Indian journal of veterinary science and animal husbandry - Volumes 22-23, 1952-1953
Year: 1952
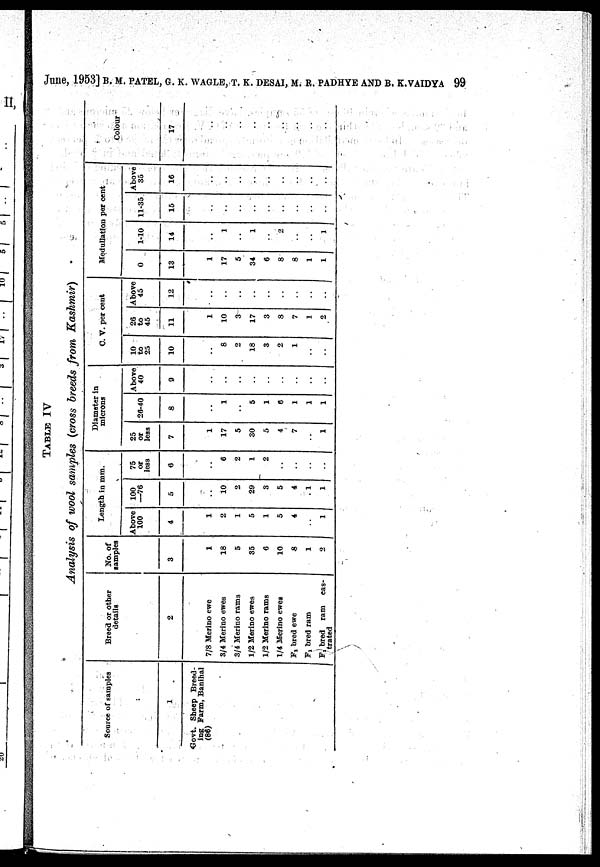
June, 1953] B. M. PATEL, G. K. WAGLE, T. K. DESAI, M. R. PADHYE AND B. K.VADYA 99
TABLE IV
Analysis of wool samples (cross breeds from
Kashmir)
Source of samples
1
Govt. Sheep Breed-
ing Farm, Banihal
(86)
Breed or other
details
2
7/8 Merino ewe
3/4 Merino ewes
3/4 Merino rams
1/2 Merino ewes
1/2 Merino rams
1/4 Merino ewes
F 1 bred ewe
F 1 bred ram
F 1 bred ram cas¬
trated
No. of
samples
3
1
18
5
35
6
10
8
1
2
Length in mm.
Above
100
4
1
2
1
5
1
5
4
..
1
100
—76
5
..
10
2
29
3
5
4
1
1
75
or
less
6
..
6
2
1
2
..
..
..
..
Diameter in
microns
25
or
less
7
1
17
5
30
5
4
7
..
1
26-40
8
..
1
..
5
1
6
1
1
1
Above
40
9
..
..
..
..
..
..
..
..
..
C. V. per cent
10
to
25
10
..
8
2
18
3
2
1
..
..
26
to
45
11
1
10
3
17
3
8
7
1
2
Above
45
12
..
..
..
..
..
..
..
..
..
Medullation per cent
0
13
1
17
5
34
6
8
8
1
1
1-10
14
..
1
..
1
..
2
..
..
1
11-35
15
..
..
..
..
..
..
..
..
..
Above
35
16
..
..
..
..
..
..
..
..
..
Colour
17
..
..
..
..
..
..
..
..
..